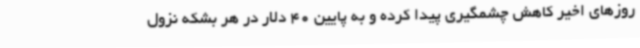
روزهای اخیر کاهش چشمگیری پیدا کرده و به پایین 40 دلار در هر بشکه نزول